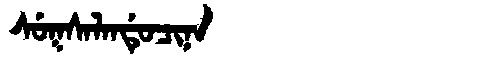
Manchu: ᠰᡠᡴᠰᠠᠯᠠᠨᡩᡠᠴᡳᠨᠠ
Romanization: SUKSALANDUCINA